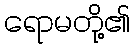
ရောမတို့၏